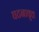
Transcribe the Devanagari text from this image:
घटनावृत्त